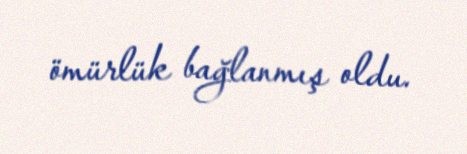
ömürlük bağlanmış oldu.